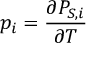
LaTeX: p _ { i } = { \frac { \partial P _ { S , i } } { \partial T } }